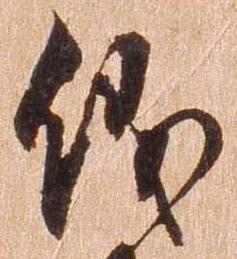
儀